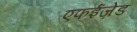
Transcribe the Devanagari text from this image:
एफईज़ेड